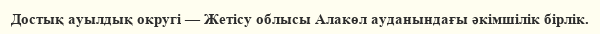
Достық ауылдық округі — Жетісу облысы Алакөл ауданындағы әкімшілік бірлік.